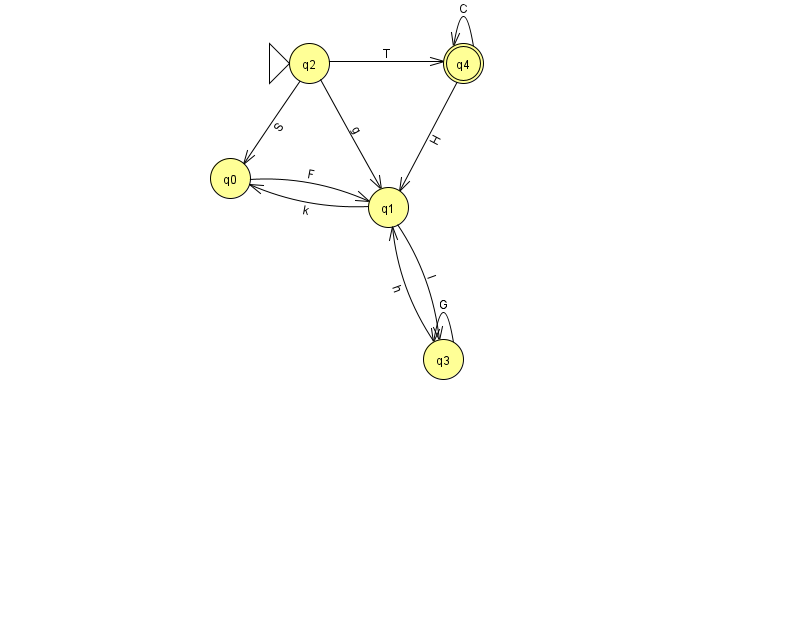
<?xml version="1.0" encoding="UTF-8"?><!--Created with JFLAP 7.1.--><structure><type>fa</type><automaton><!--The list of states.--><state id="0" name="q0"><x>230.0</x><y>165.0</y></state><state id="1" name="q1"><x>388.0</x><y>194.0</y></state><state id="2" name="q2"><x>309.0</x><y>50.0</y><initial/></state><state id="3" name="q3"><x>443.0</x><y>346.0</y></state><state id="4" name="q4"><x>463.0</x><y>50.0</y><final/></state><!--The list of transitions.--><transition><from>1</from><to>0</to><read>k</read></transition><transition><from>2</from><to>4</to><read>T</read></transition><transition><from>4</from><to>4</to><read>C</read></transition><transition><from>2</from><to>1</to><read>g</read></transition><transition><from>3</from><to>3</to><read>G</read></transition><transition><from>2</from><to>0</to><read>S</read></transition><transition><from>1</from><to>3</to><read>I</read></transition><transition><from>3</from><to>1</to><read>h</read></transition><transition><from>4</from><to>1</to><read>H</read></transition><transition><from>0</from><to>1</to><read>F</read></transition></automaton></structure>